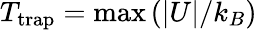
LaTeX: T_{\mathrm{trap}}=\operatorname*{max}{(|U|/k_{B})}